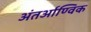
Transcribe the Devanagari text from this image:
अंतर्आण्विक